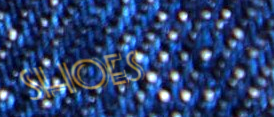
Shoes